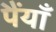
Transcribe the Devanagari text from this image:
पैंयाँ